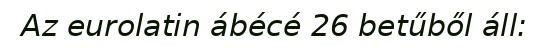
Az eurolatin ábécé 26 betűből áll: